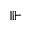
\Vvdash